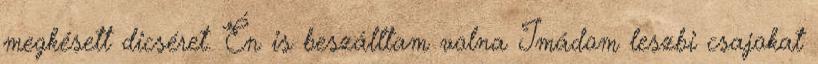
megkésett dicséret. Én is beszálltam volna Imádom leszbi csajokat